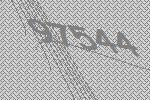
97544